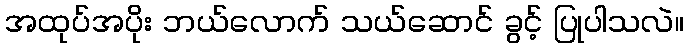
အထုပ်အပိုး ဘယ်လောက် သယ်ဆောင် ခွင့် ပြုပါသလဲ။